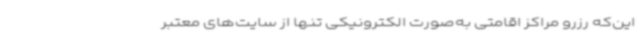
این‌که رزرو مراکز اقامتی به‌صورت الکترونیکی تنها از سایت‌های معتبر